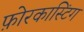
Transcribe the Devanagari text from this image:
फ़ोरकास्टिंग